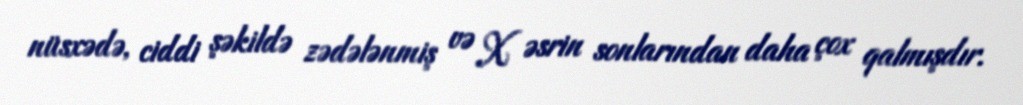
nüsxədə, ciddi şəkildə zədələnmiş və X əsrin sonlarından daha çox qalmışdır.